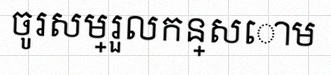
ចូរសម្រួលកន្សោម